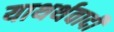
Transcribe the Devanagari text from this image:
याथर्थवादी